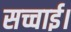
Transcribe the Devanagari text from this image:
सच्चाई।